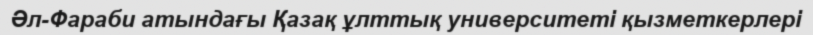
Әл-Фараби атындағы Қазақ ұлттық университеті қызметкерлері